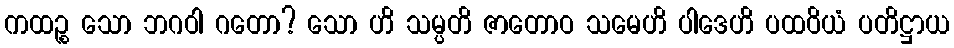
ကထဉ္စ သော ဘဂဝါ ဂတော? သော ဟိ သမ္ပတိ ဇာတောဝ သမေဟိ ပါဒေဟိ ပထဝိယံ ပတိဋ္ဌာယ